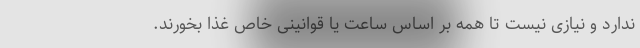
ندارد و نیازی نیست تا همه بر اساس ساعت یا قوانینی خاص غذا بخورند.